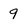
Character: 9